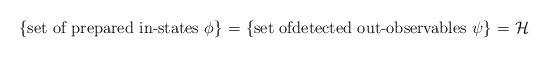
LaTeX: \begin{align*}\mbox{\hspace*{-1cm}\{set of prepared in-states $\phi$\} = \{set ofdetected out-observables $\psi$\} = $\mathcal{H}$}\end{align*}